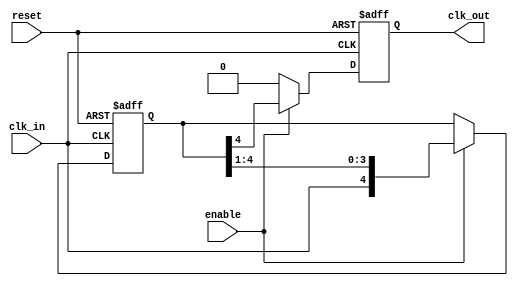
module skew_optimized_clock_buffer (
    input wire clk_in,         // Input clock signal
    output reg clk_out,       // Buffered output clock signal
    input wire enable,        // Enable signal
    input wire reset          // Asynchronous reset
);

// Parameters for propagation delay and adjustable skew
parameter DELAY = 5; // Fixed propagation delay for the buffer
reg [DELAY-1:0] delay_line; // Delay line for skew adjustment

// Asynchronous reset logic
always @(posedge clk_in or posedge reset) begin
    if (reset) begin
        clk_out <= 1'b0;      // Reset output clock
        delay_line <= {DELAY{1'b0}}; // Reset delay line
    end else if (enable) begin
        // Shift the clock signal through the delay line
        delay_line <= {clk_in, delay_line[DELAY-1:1]};
        clk_out <= delay_line[DELAY-1]; // Output the last stage
    end else begin
        clk_out <= 1'b0; // Disable output clock when not enabled
    end
end

endmodule